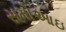
સમોઆઇ